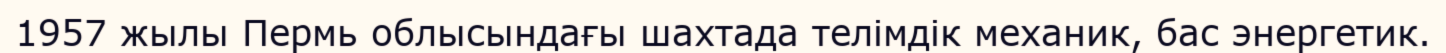
1957 жылы Пермь облысындағы шахтада телімдік механик, бас энергетик.